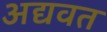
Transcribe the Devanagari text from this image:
अद्यवत